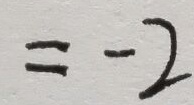
= - 2